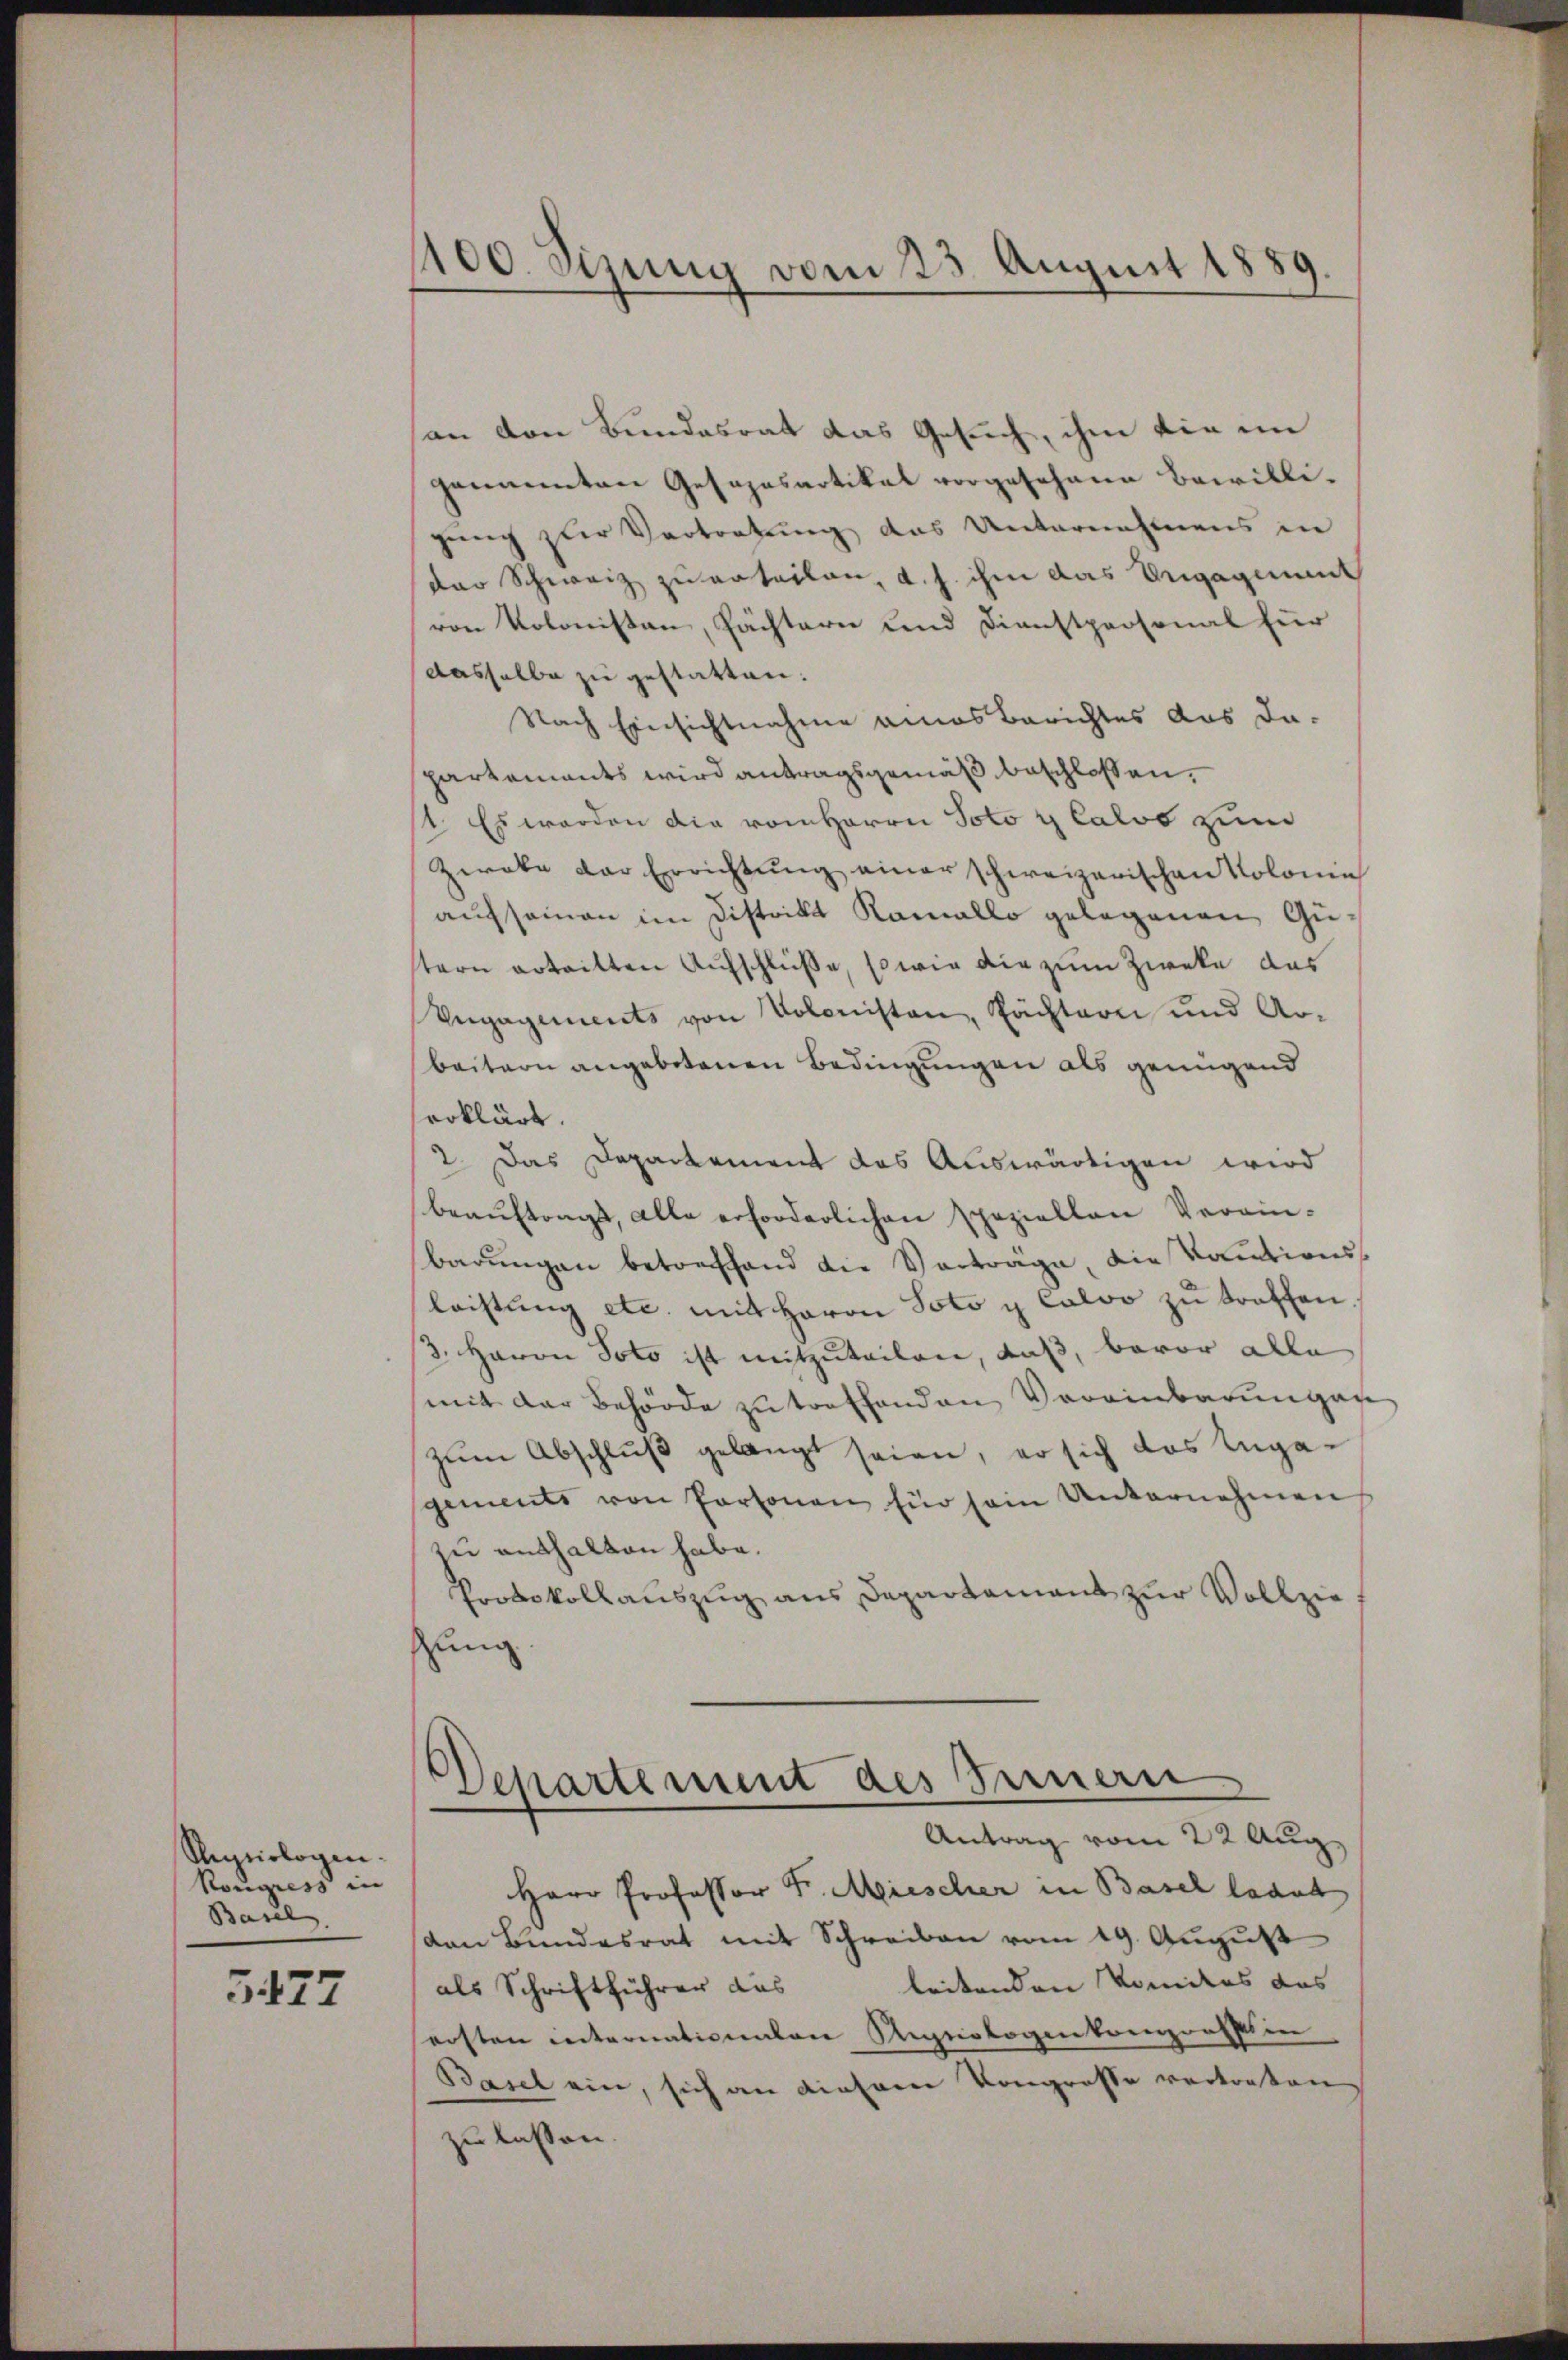
Sesiologen.
Kongress in
Basel,

5477

1100. Sizung vom 23. August 1889.

an den Bundesrat das Gesuch, ihm die im
genannten Gesapasartikal vorgesehene Bewilligung zur Vertretung das Unternehmens in
der Schweiz zu erteilen, d. h. ihm das Engagement
von Kolonisten, Pächtern und Dienstpersonal für
dasselbe zu gestatten.
Nach Einsichtnahme eines Berichtes das da-
partements wird antragsgemäß beschlossen,
4. Es werden die vom Herrn Voto y Caloo zum
Zwecke der Errichtŭng einer schweizerischen Kolonin
aufsammen im Distrikt Kamallo gelegenen Gustern erteilten Aufschlüße, so wie die zum Zweke das
Vegagements von Volonisten, Pächtern und Arbeitern angebotenen Bedingungen als genügend
erklärt.
2. Das Departement das Auswärtigen wird
beaŭftrags, alle erforderlichen Speziellen Verein-
barungen betreffend die Vorträge, die Kautionsleistung etc. mit Herrn Voto u Calvo zu treffen
3. Herrn Voto ist mitzuteilen, daß, bevor alle
mit der Behörde zu treffenden Vereinbarungese
zŭm Abschluß gelangt seien, er sich das Angagements von Personen für sein Unternehmen
zu enthalten habe.
Protokollauszug aus Departement zur Vollzie
zung
Departement des Innern
Antrag vom 22 Aug.
Herr Professor Fr. Miescher in Basel laut
von Bundesrat mit Schreiben vom 19. August
beitenden komites das |
als Schriftführer das
ersten internationalen Regeologenkomprattin
Basel ein, sich an diesene Kongrosse vertreten
zu lassen.